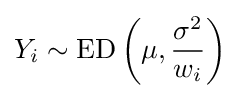
Y_{i}\sim \mathrm {ED} \left(\mu ,{\frac {\sigma ^{2}}{w_{i}}}\right)